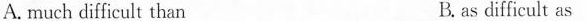
A.much difficult than B. as difficult as